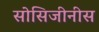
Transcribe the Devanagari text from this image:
सोसिजीनीस